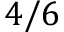
4 / 6